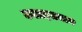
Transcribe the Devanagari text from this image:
कलाइतमान